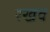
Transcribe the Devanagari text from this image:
रखव